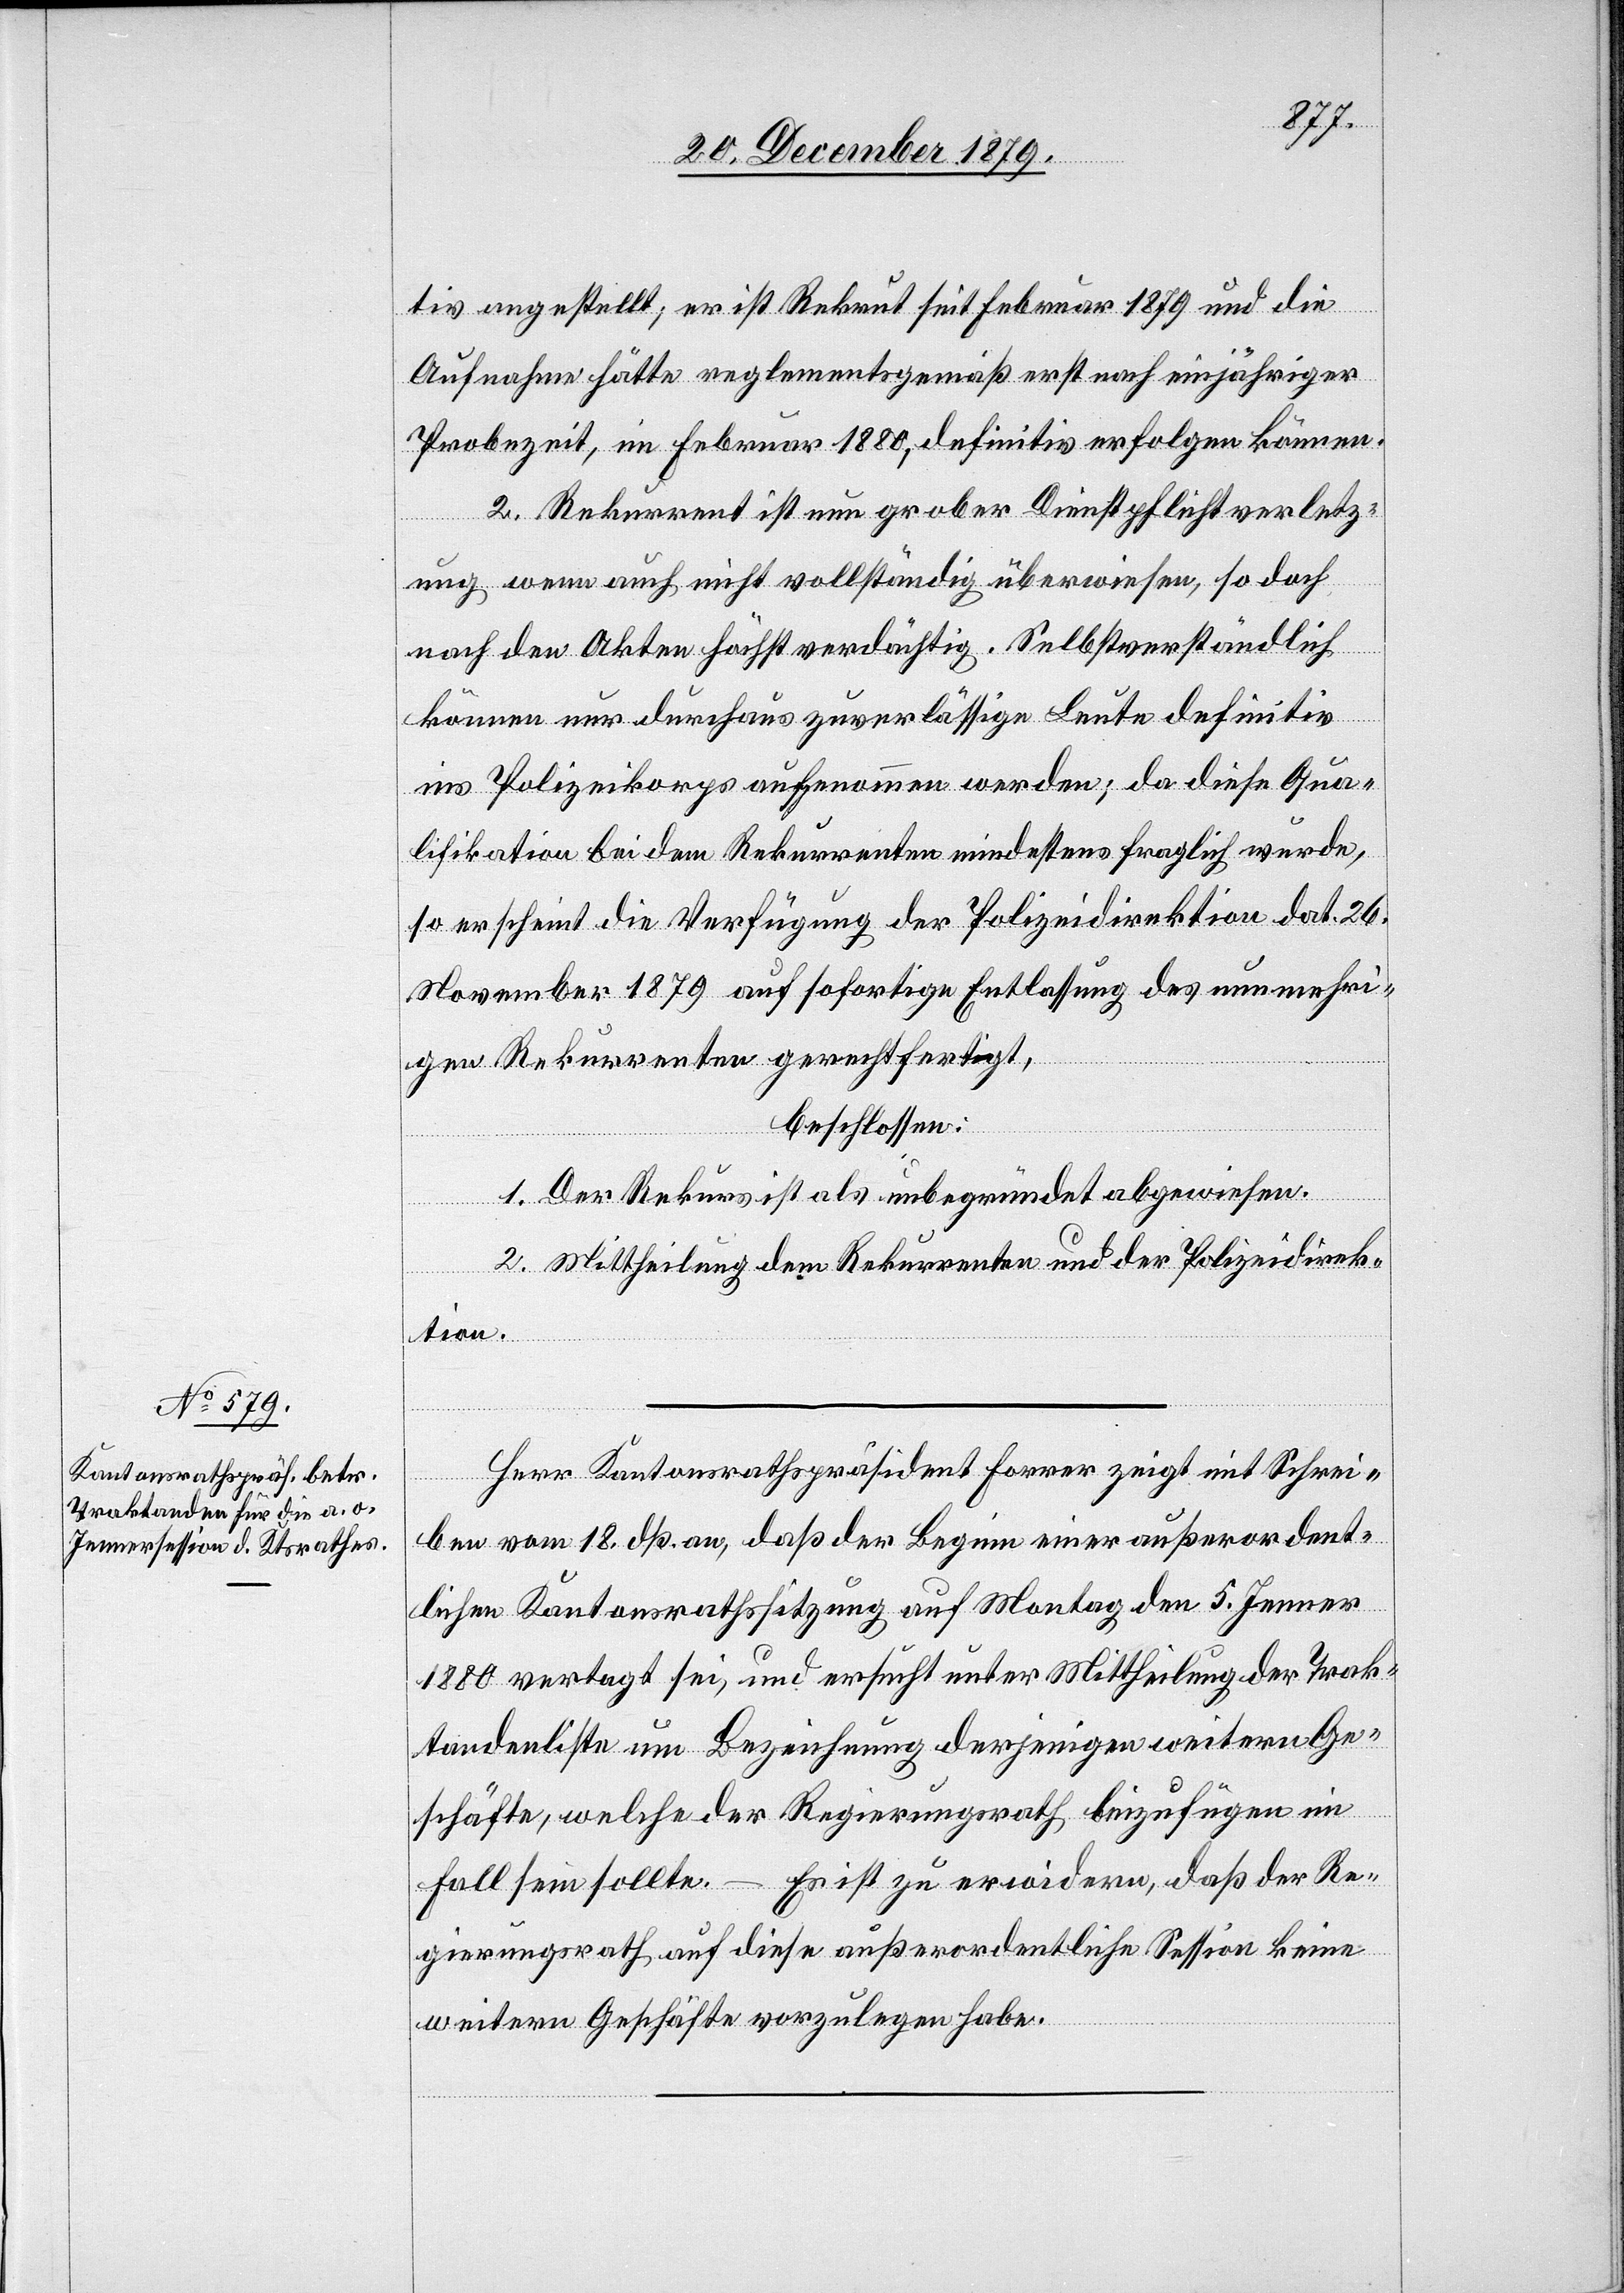
tiv angestellt; er ist Rekrut seit Februar 1879 und die
Aufnahme hätte reglementsgemäß erst nach einjähriger
Probezeit, im Februar 1880, definitiv erfolgen können.
2. Rekurrent ist nun grober Dienstpflichtverletz¬
ung wenn auch nicht vollständig überwiesen, so doch
nach den Akten höchst verdächtig. Selbstverständlich
können nur durchaus zuverlässige Leute definitiv
ins Polizeikorps aufgenommen werden; da diese Qua¬
lifikation bei dem Rekurrenten mindestens fraglich wurde,
so erscheint die Verfügung der Polizeidirektion dat. 26.
November 1879 auf sofortige Entlassung des nunmehri¬
gen Rekurrenten gerechtfertigt,
beschlossen:
1. Der Rekurs ist als unbegründet abzuweisen.
2. Mittheilung dem Rekurrenten und der Polizeidirek¬
tion.
Herr Kantonsrathspräsident Forrer zeigt mit Schrei¬
ben vom 18. dß. an, daß der Beginn einer außerordent¬
lichen Kantonsrathssitzung auf Montag den 5. Jenner
1880 vertagt sei, und ersucht unter Mittheilung der Trak¬
tandenliste um Bezeichnung derjenigen weitern Ge¬
schäfte, welche der Regierungsrath beizufügen im
Fall sein sollte. – Es ist zu erwidern, daß der Re¬
gierungsrath auf diese außerordentliche Session keine
weitern Geschäfte vorzulegen habe.